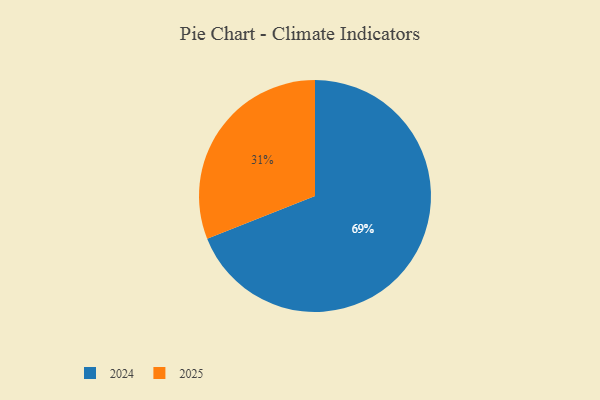
{"axis": {"x": "Category", "y": "Percentage"}, "legend": ["2024", "2025"], "data": [{"x": "2025", "y": 31, "type": "2025"}, {"x": "2024", "y": 69, "type": "2024"}]}